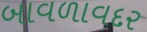
બાવળાવદર